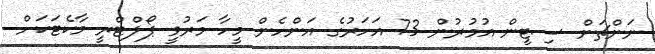
ނަންޗަން ސިޓީން އުމުރުން 73 އަހަރުގެ އަންހެން މީހާ މަރުވީ ޕޯލްޓްރީ މާކެޓަކަށް